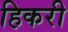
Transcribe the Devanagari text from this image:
हिकरी